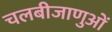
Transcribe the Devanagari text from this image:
चलबीजाणुओं